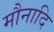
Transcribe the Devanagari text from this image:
मौनादि